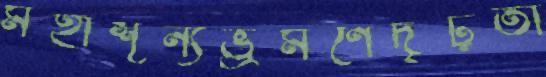
মহাশূন্যভ্রমণেদৃঢ়তা